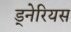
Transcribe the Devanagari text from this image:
ड्नेरियस